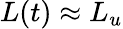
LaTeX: L(t)\approx L_{u}